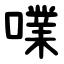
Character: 㗼